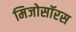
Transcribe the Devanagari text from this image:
मिजोसॉरस